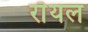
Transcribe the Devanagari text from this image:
राँयल